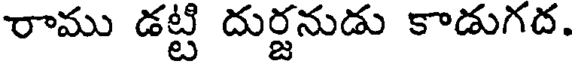
రాము డట్టి దుర్జనుడు కాడుగద.